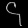
Digit: ၄